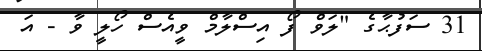
31 ސަފުޙާގެ "ލަވް ފޯ އިސްލާމް ވީއެސް ހޯލީ ވާ - އަ